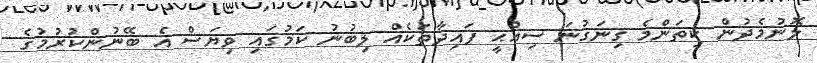
ލޮނުމެދުން ކިތަންމެ ގިނަގުނަ ސިއްޙީ ފައިދާތަކެއް ލިބުނު ކަމުގައި ވިޔަސް އެ ބޭނުންކުރުމުގެ